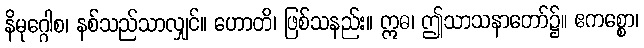
နိမုဂ္ဂေါစ၊ နစ်သည်သာလျှင်။ ဟောတိ၊ ဖြစ်သနည်း။ ဣဓ၊ ဤသာသနာတော်၌။ ဧကစ္စော၊